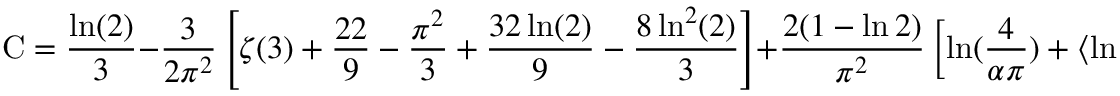
{ \mathrm { C } } = { \frac { \ln ( 2 ) } { 3 } } - { \frac { 3 } { 2 \pi ^ { 2 } } } \left[ \zeta ( 3 ) + { \frac { 2 2 } { 9 } } - { \frac { \pi ^ { 2 } } { 3 } } + { \frac { 3 2 \ln ( 2 ) } { 9 } } - { \frac { 8 \ln ^ { 2 } ( 2 ) } { 3 } } \right] + { \frac { 2 ( 1 - \ln 2 ) } { \pi ^ { 2 } } } \left[ \ln ( { \frac { 4 } { \alpha \pi } } ) + \left\langle \ln R _ { 0 } \right\rangle _ { \mathrm { a v } } - { \frac { 1 } { 2 } } \right] .